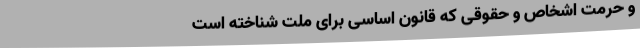
و حرمت‌ اشخاص‌ و حقوقی‌ که‌ قانون‌ اساسی‌ برای‌ ملت‌ شناخته‌ است‌